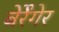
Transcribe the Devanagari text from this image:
बेर्रेंगेर